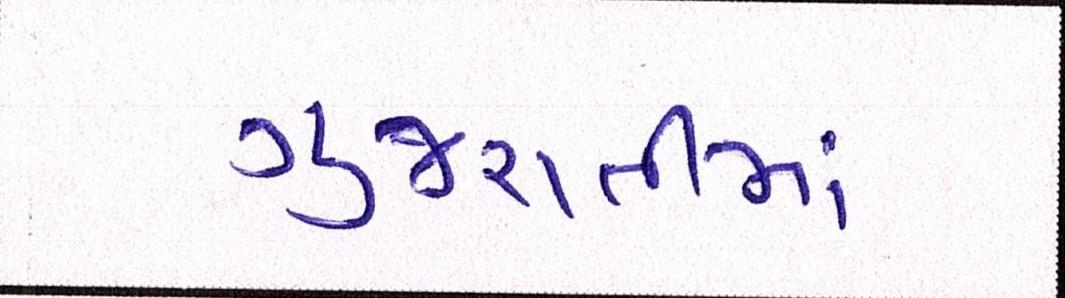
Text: ગુજરાતીમાં